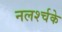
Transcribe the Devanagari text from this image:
नलर्श्चके